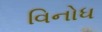
વિનોધ